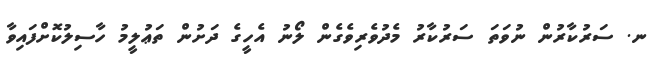
ނ. ސަރުކާރުން ނުވަތަ ސަރުކާރު މެދުވެރިވެގެން ލޯނު އެހީގެ ދަށުން ތަޢުލީމު ހާސިލުކޮށްފައިވާ